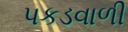
પકડવાળી